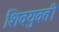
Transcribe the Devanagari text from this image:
शिवयुवती